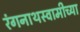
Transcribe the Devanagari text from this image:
रंगनाथस्वामीच्या